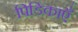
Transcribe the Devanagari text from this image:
पिडिकाएँ